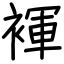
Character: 褌